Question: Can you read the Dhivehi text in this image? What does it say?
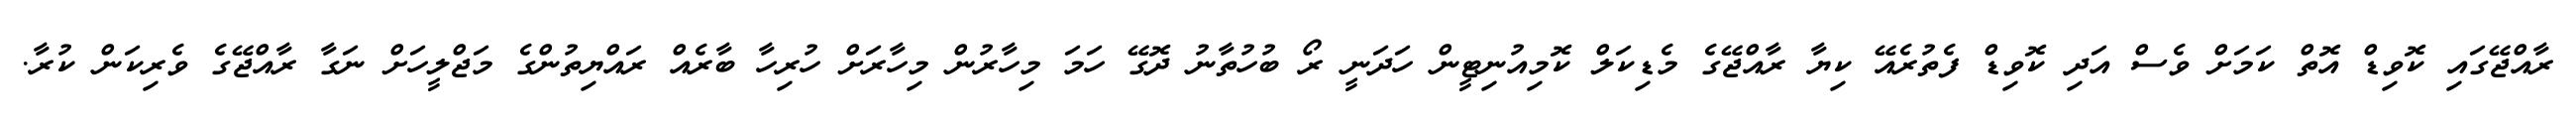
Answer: ރާއްޖޭގައި ކޮވިޑް އޮތް ކަމަށް ވެސް އަދި ކޮވިޑް ފެތުރެއޭ ކިޔާ ރާއްޖޭގެ މެޑިކަލް ކޮމިއުނިޓީން ހަދަނީ ރޯ ބުހުތާނު ދޮގޭ ހަމަ މިހާރުން މިހާރަށް ހުރިހާ ބާރެއް ރައްޔިތުންގެ މަޖްލީހަށް ނަގާ ރާއްޖޭގެ ވެރިކަން ކުރާ.